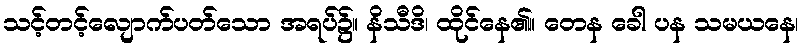
သင့်တင့်လျောက်ပတ်သော အရပ်၌။ နိသီဒိ၊ ထိုင်နေ၏။ တေန ခေါ ပန သမယနေ၊